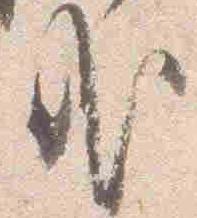
哉